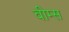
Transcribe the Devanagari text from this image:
वीम्स